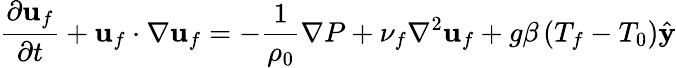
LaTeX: \frac{\partial\mathbf{u}_{f}}{\partial t}+\mathbf{u}_{f}\cdot\nabla\mathbf{u}_{f}=-\frac{1}{\rho_{0}}\nabla P+\nu_{f}\nabla^{2}\mathbf{u}_{f}+g\beta\left(T_{f}-T_{0}\right)\hat{\mathbf{y}}